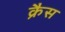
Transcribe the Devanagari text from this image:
क्रैस